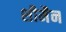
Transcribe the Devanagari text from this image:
शीमैन